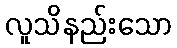
လူသိနည်းသော